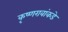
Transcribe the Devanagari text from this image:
कृष्णरावांकडे